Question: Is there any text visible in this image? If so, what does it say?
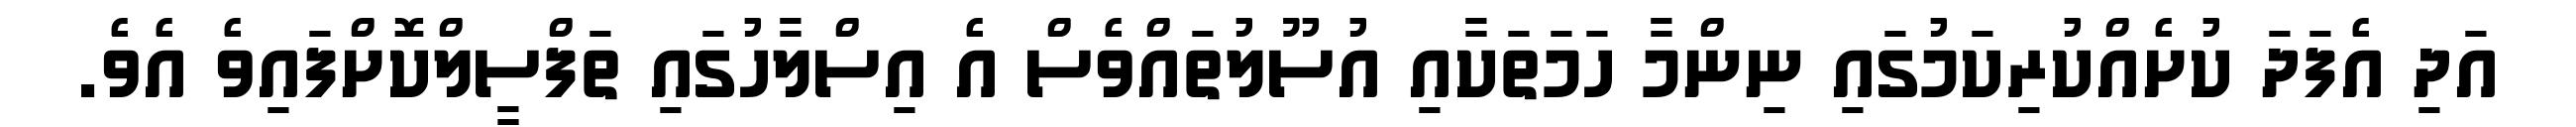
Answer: އަދި އެފަދަ ކުށެއްކުރިކަމުގައި ނިންމާ ހަމަތަކާއި އުސޫލުތައްވެސް އެ އިސްލާހުގައި ތަފްސީލްކޮށްފައިވެ އެވެ.